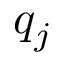
q _ { j }